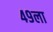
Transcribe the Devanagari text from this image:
४९ला